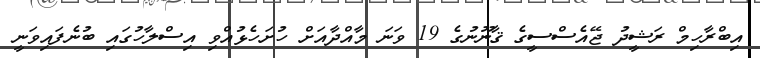
އިބްރާހިމް ރަޝީދު ޖޭއެސްސީގެ ޤާނޫނުގެ 19 ވަނަ މާއްދާއަށް ހުށަހެޅުއްވި އިސްލާހުގައި ބުނެފައިވަނީ